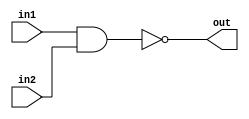
`ifndef _AND
`define _AND

module nand16(in1, in2, out);		// Implements bitwise NAND for two 16-bit numbers

	input  [15:0] in1, in2;
	output [15:0] out;
	
	assign out = ~(in1 & in2);
	
endmodule

`endif